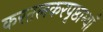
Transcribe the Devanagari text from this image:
करतलकरपृष्ठाभ्याँ